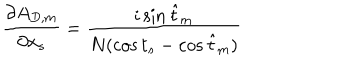
LaTeX: { \frac { \partial A _ { D , m } } { \partial x _ { s } } } = { \frac { i \sin \hat { t } _ { m } } { N ( \cos t _ { s } - \cos \hat { t } _ { m } ) } }